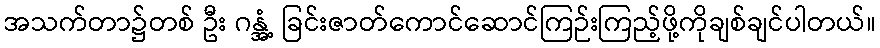
အသက်တာ၌တစ် ဦး ဂန္အံ့ ခြင်းဇာတ်ကောင်ဆောင်ကြဉ်းကြည့်ဖို့ကိုချစ်ချင်ပါတယ်။